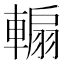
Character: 䡪